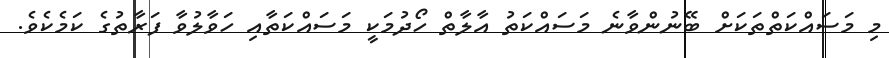
މި މަސައްކަތްތަކަށް ބޭނުންވާނެ މަސައްކަތު އާލާތް ހޯދުމަކީ މަސައްކަތާއި ހަވާލުވާ ފަރާތުގެ ކަމެކެވެ.